Indian journal of veterinary science and animal husbandry - Volumes 28-29, 1958-1959
Year: 1958
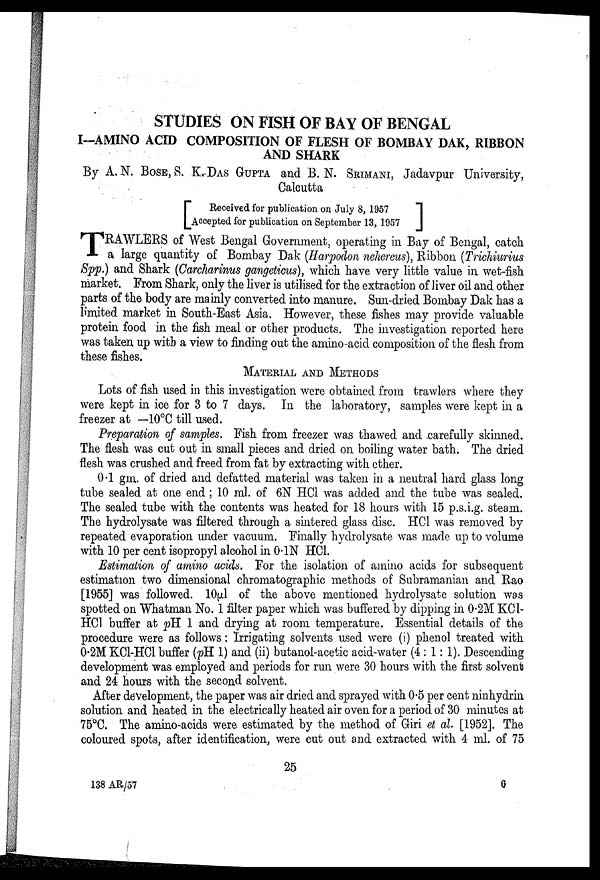
STUDIES ON FISH OF BAY OF BENGAL
I-AMINO ACID COMPOSITION OF FLESH OF BOMBAY DAK, RIBBON
AND SHARK
By A. N. BOSE, S. K. DAS GUPTA and B. N. SRIMANI, Jadavpur University,
Calcutta
[ Received for publication on July 8, 1957
Accepted for publication on September 13,
1957]
T RAWLERS of West Bengal Government, operating in Bay of Bengal, catch
a large quantity of Bombay Dak (Harpodon nehereus), Ribbon (Trichiurius
Spp.) and Shark (Carcharinus gangeticus), which have very little value in wet-fish
market. From Shark, only the liver is utilised for the extraction of liver oil and other
parts of the body are mainly converted into manure. Sun-dried Bombay Dak has a
limited market in South-East Asia. However, these fishes may provide valuable
protein food in the fish meal or other products. The investigation reported here
was taken up with a view to finding out the amino-acid composition of the flesh from
these fishes.
MATERIAL AND METHODS
Lots of fish used in this investigation were obtained from trawlers where they
were kept in ice for 3 to 7 days. In the laboratory, samples were kept in a
freezer at —10°C till used.
Preparation of samples. Fish from freezer was thawed and carefully skinned.
The flesh was cut out in small pieces and dried on boiling water bath. The dried
flesh was crushed and freed from fat by extracting with ether.
0.1 gm. of dried and defatted material was taken in a neutral hard glass long
tube sealed at one end ; 10 ml. of 6N HCl was added and the tube was sealed.
The sealed tube with the contents was heated for 18 hours with 15 p.s.i.g. steam.
The hydrolysate was filtered through a sintered glass disc. HCl was removed by
repeated evaporation under vacuum. Finally hydrolysate was made up to volume
with 10 per cent isopropyl alcohol in 0.1N HCl.
Estimation of amino acids. For the isolation of amino acids for subsequent
estimation two dimensional chromatographic methods of Subramanian and Rao
[1955] was followed. 10µl of the above mentioned hydrolysate solution was
spotted on Whatman No. 1 filter paper which was buffered by dipping in 0.2M KCl-
HCl buffer at pH 1 and drying at room temperature. Essential details of the
procedure were as follows : Irrigating solvents used were (i) phenol treated with
0.2M KCl-HCl buffer (pH 1) and (ii) butanol-acetic acid-water (4 : 1 : 1). Descending
development was employed and periods for run were 30 hours with the first solvent
and 24 hours with the second solvent.
After development, the paper was air dried and sprayed with 0.5 per cent ninhydrin
solution and heated in the electrically heated air oven for a period of 30 minutes at
75°C. The amino-acids were estimated by the method of Giri et al. [1952]. The
coloured spots, after identification, were cut out and extracted with 4 ml. of 75
25
138 AR/57
6